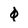
Character: 0